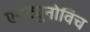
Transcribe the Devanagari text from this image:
एनट्युनोविच